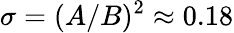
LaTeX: \sigma=(A/B)^{2}\approx 0.18